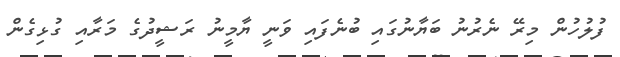
ފުލުހުން މިރޭ ނެރުނު ބަޔާނުގައި ބުނެފައި ވަނީ ޔާމީނު ރަޝީދުގެ މަރާއި ގުޅިގެން